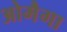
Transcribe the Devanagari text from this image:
ओमैगा